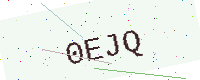
Text: 0EJQ